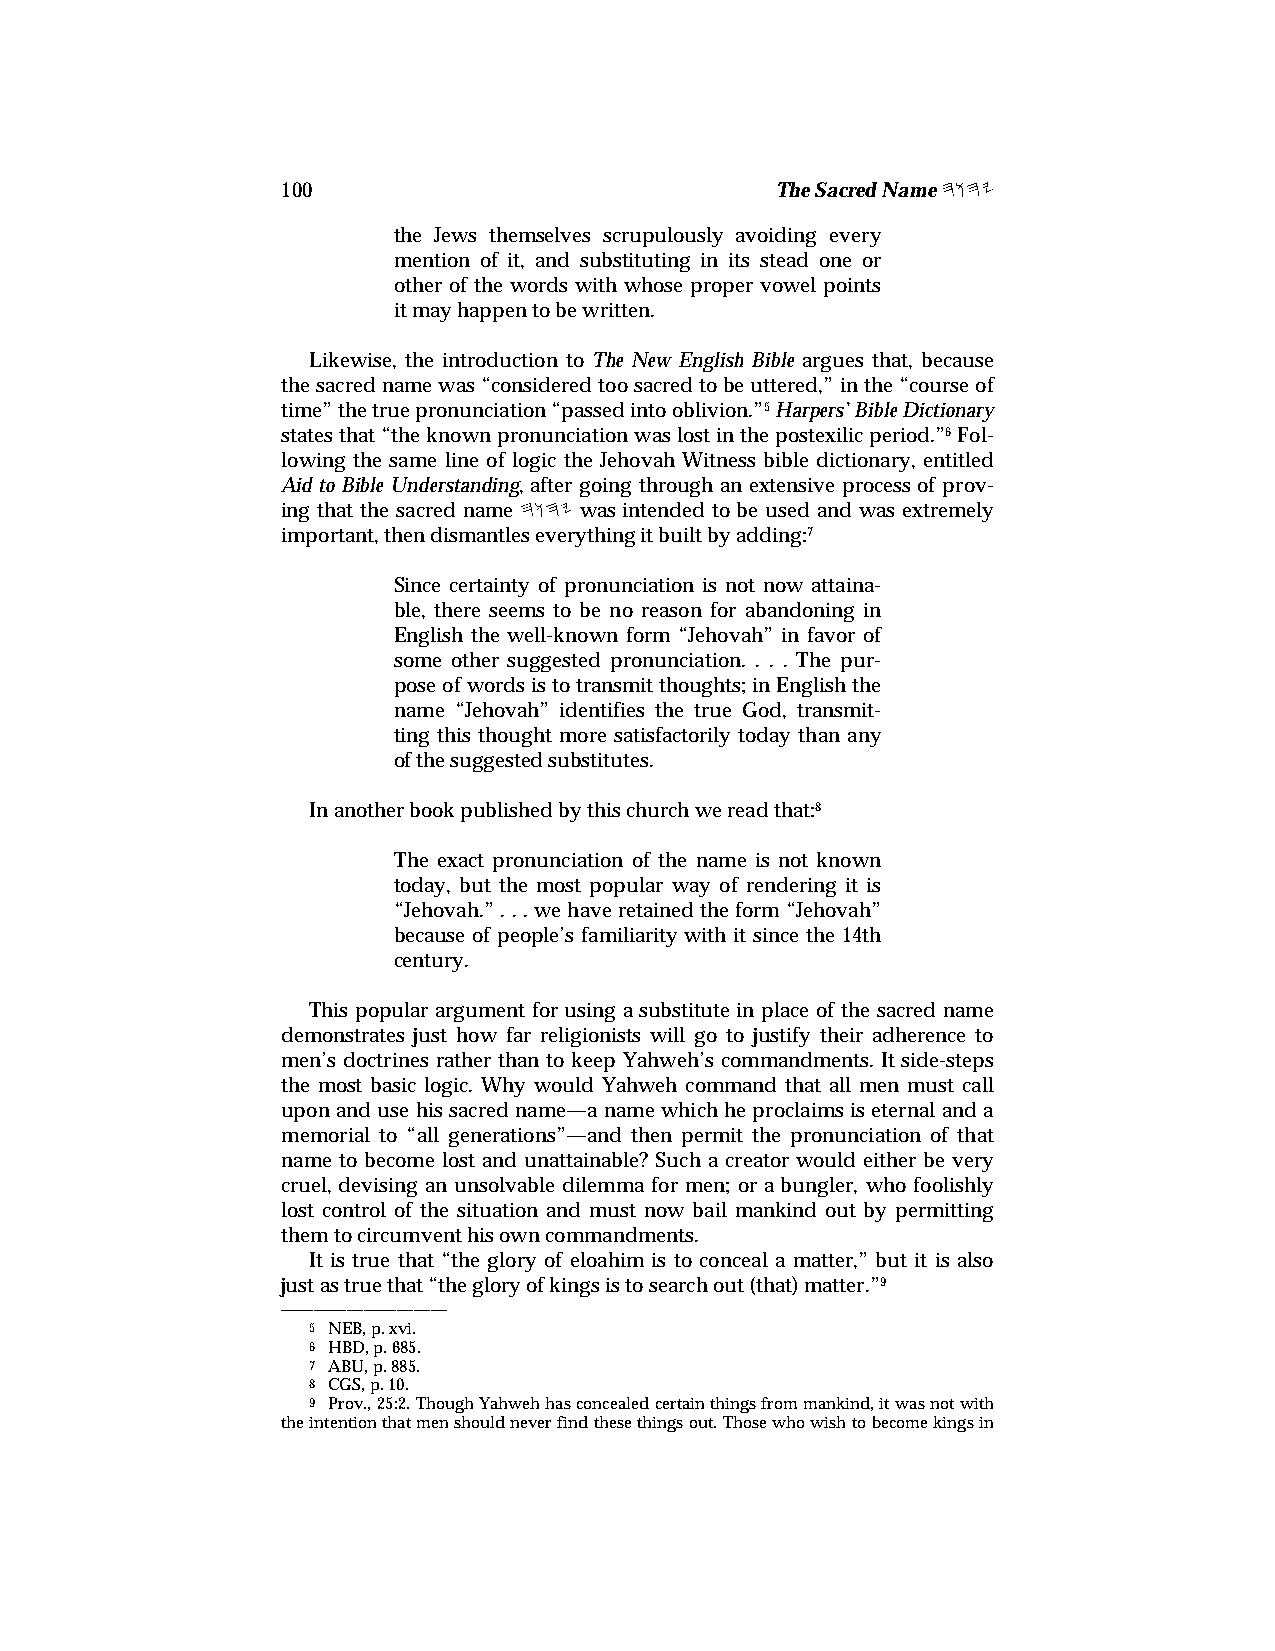
100                             The Sacred Name hwhy
 the Jews themselves scrupulously avoiding every
 mention of it, and substituting in its stead one or
 other of the words with whose proper vowel points
 it may happen to be written.
 Likewise, the introduction to The New English Bible argues that, because
 the sacred name was “considered too sacred to be uttered,” in the “course of
 time” the true pronunciation “passed into oblivion.”5 Harpers’ Bible Dictionary
 states that “the known pronunciation was lost in the postexilic period.”6 Fol-
 lowing the same line of logic the Jehovah Witness bible dictionary, entitled
 Aid to Bible Understanding, after going through an extensive process of prov-
 ing that the sacred name hwhy was intended to be used and was extremely
 important, then dismantles everything it built by adding:7
 Since certainty of pronunciation is not now attaina-
 ble, there seems to be no reason for abandoning in
 English the well-known form “Jehovah” in favor of
 some other suggested pronunciation. . . . The pur-
 pose of words is to transmit thoughts; in English the
 name “Jehovah” identifies the true God, transmit-
 ting this thought more satisfactorily today than any
 of the suggested substitutes.
 In another book published by this church we read that:8
 The exact pronunciation of the name is not known
 today, but the most popular way of rendering it is
 “Jehovah.” . . . we have retained the form “Jehovah”
 because of people’s familiarity with it since the 14th
 century.
 This popular argument for using a substitute in place of the sacred name
 demonstrates just how far religionists will go to justify their adherence to
 men’s doctrines rather than to keep Yahweh’s commandments. It side-steps
 the most basic logic. Why would Yahweh command that all men must call
 upon and use his sacred name—a name which he proclaims is eternal and a
 memorial to “all generations”—and then permit the pronunciation of that
 name to become lost and unattainable? Such a creator would either be very
 cruel, devising an unsolvable dilemma for men; or a bungler, who foolishly
 lost control of the situation and must now bail mankind out by permitting
 them to circumvent his own commandments.
 It is true that “the glory of eloahim is to conceal a matter,” but it is also
 just as true that “the glory of kings is to search out (that) matter.”9
 ——————————
 5 NEB, p. xvi.
 6 HBD, p. 685.
 7 ABU, p. 885.
 8 CGS, p. 10.
 9 Prov., 25:2. Though Yahweh has concealed certain things from mankind, it was not with
 the intention that men should never find these things out. Those who wish to become kings in